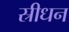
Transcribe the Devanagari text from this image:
स्रीधन